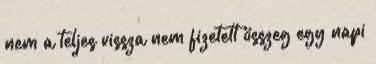
nem a teljes vissza nem fizetett összeg egy napi